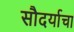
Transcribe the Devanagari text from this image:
सौदर्याचा